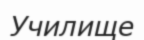
Училище